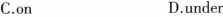
C.on D.under